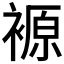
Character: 𲀻